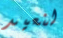
لنعيد